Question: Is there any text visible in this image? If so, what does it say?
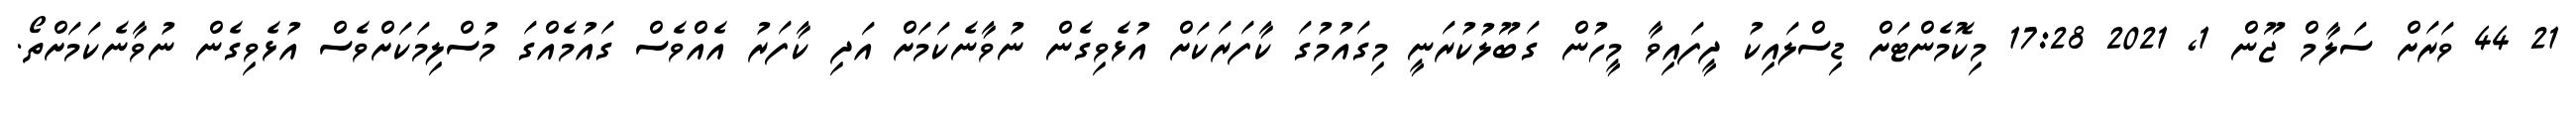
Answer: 21 44 ވަރަށް ސަލާމް ޖޫން 1, 2021 17:28 މިކޮމެންޓަށް ޑިސްލައިކު ދީފައިވާ މީހުން ގަބޫލުކުރަނީ މިގައުމުގަ ކާފަރަކަށް އުޅެވިގެން ނުވާނެކަމަށް އަދި ކާފަރު އެއްވެސް ގައުމެއްގަ މުސްލިމަކަށްވެސް އުޅެވިގެން ނުވާނެކަމަށްތޯ.